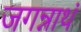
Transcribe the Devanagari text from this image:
जगन्नाथं